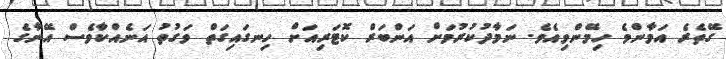
ގޭތެރެ އަމާންވެ ހިމޭންވިއެވެ. ނަމާދުކުރުމަށް އަންބަރް ކޮޓަރިއަށް ހިނގައިގަތް ވަގުތު އަނެއްކާވެސް އޭނާގެ